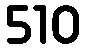
510